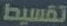
تقسيط